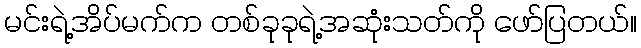
မင်းရဲ့အိပ်မက်က တစ်ခုခုရဲ့အဆုံးသတ်ကို ဖော်ပြတယ်။